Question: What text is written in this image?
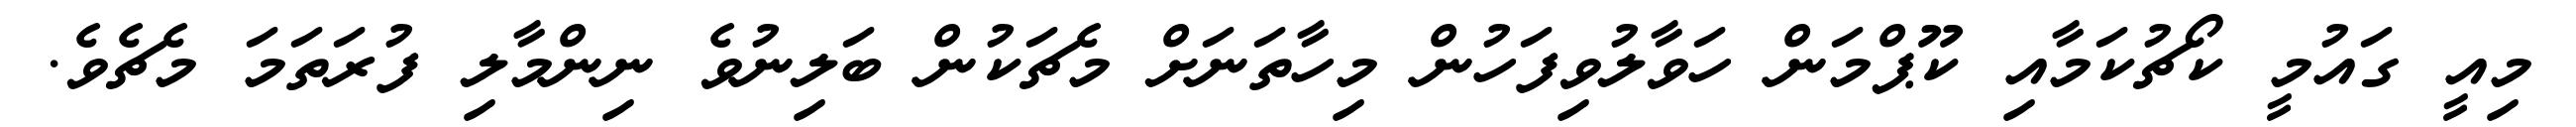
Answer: މިއީ ގައުމީ ކޯޗުކަމާއި ކޫޕްމަން ހަވާލުވިފަހުން މިހާތަނަށް މެޗަކުން ބަލިނުވެ ނިންމާލި ފުރަތަމަ މެޗެވެ.